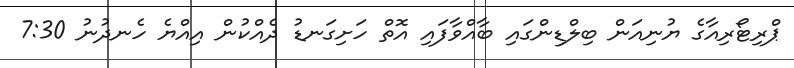
ޕްރިޓޯރިއާގެ ޔުނިއަން ބިލްޑިންގައި ބާއްވާފައި އޮތް ހަށިގަނޑު ދެއްކުން އިއްޔެ ހެނދުނު 7:30